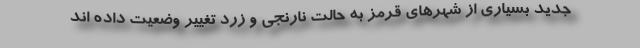
جدید بسیاری از شهرهای قرمز به حالت نارنجی و زرد تغییر وضعیت داده اند